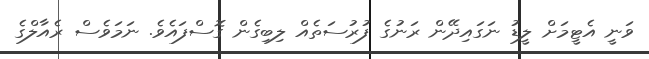
ވަނީ އެޓީމަށް ލީޑު ނަގައިދޭން ރަނުގެ ފުރުސަތެއް ލިބިގެން ގޮސްފައެވެ. ނަމަވެސް ރެއާލްގެ